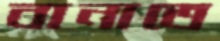
বানাতে